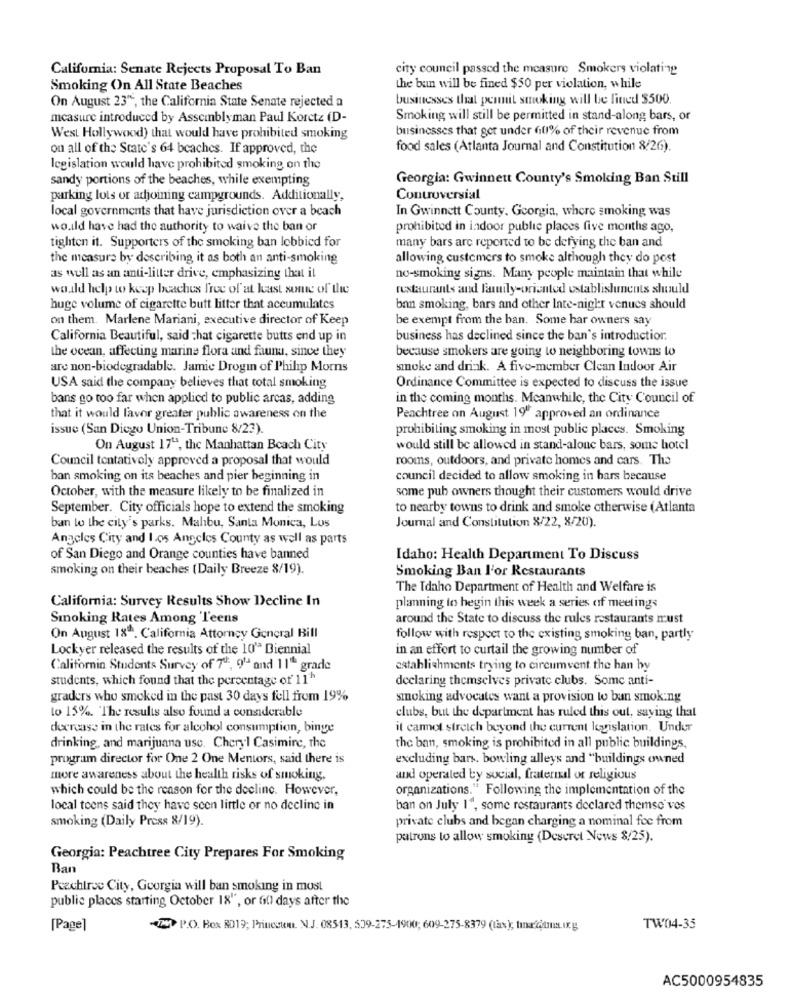
California: Senate Rejects Proposal To Ban
city council passed the measure Smokers violating
Smoking On All State Beaches
the ban will be fined $50 per violation, while
On August 23", the California State Senate rejected a
businesses that permit smoking will be fined $500.
measure introduced by Assemblyman Paul Koretz (D-
Smoking will still be permitted in stand-along bars, or
businesses that get under 610% of their revenue from
West Hollywood) that would have prohibited smoking
on all of the State's 64 beaches. If approved, the
food sales (Atlanta Journal and Constitution 8/26).
legislation would have prohibited smoking on the
sandy portions of the beaches, while exempting
Georgia: Gwinnett County's Smoking Ban Still
parking lots or adjoining campgrounds. Additionally,
Controversial
local governments that have jurisdiction over a beach
In Gwinnett County. Georgia, where smoking was
wo.ild have had the authority to waive the ban or
prohibited in indoor public places five months ago,
many bars arc reported to be defying the ban and
tighten it. Supporters of the smoking ban lobbied for
the measure by describing it as both an anti-smoking
allowing customers to smoke although they do post
as well as an anti-litter drive, emphasizing that it
no-smoking signs. Many people maintain that while
would help to keep beaches free of at least some of the
restaurants and lauily-oriented establishments should
huge volume of cigarette butt litter that accumulates
ban smoking, bars and other late-night venues should
on them. Marlene Mariani, executive director of Keep
be exempt from the ban. Some har owners say
California Beautiful, said chat cigarette butts end up in
business has declined since the ban's introductior.
the ocean, affecting marine flora and fauna, since they
because smokers are going to neighboring towns to
are non-biodegradable. Jamie Drogin of Philip Morns
smoke and drink. A five-member Clean Indoor Air
USA said the company believes that total smoking
Ordinance Committee is expected to discuss the issue
bans go too far when applied to public arcas, adding
in the coming months. Meanwhile, the City Council of
that it would favor greater public awareness on the
Peachtree on August 19 approved an ordinance
issue (San Diego Union-Tribune 8/23).
prohibiting smoking in most public places. Smoking
On August 17", the Manhattan Beach City
would still be allowed in stand-alone bars, some hotel
Council tentatively approved a proposal that would
rooms, outdoors, and private homes and cars. The
ban smoking on its beaches and pier beginning in
council decided to allow smoking in hars because
some pub owners thought their customers would drive
October, with the measure likely to be finalized in
September. City officials hope to extend the smoking
to nearby towns to drink and smoke otherwise (Atlanta
ban lo the city's parks. Malibu, Santa Monica, Los
Journal and Constitution 8/22, 8/20).
Angeles City and los Angeles County as well as parts
of San Diego and Orange counties have banned
Idaho: Health Department To Discuss
smoking on their beaches (Daily Breeze 8/19).
Smoking Ban l'or Restaurants
The Idaho Department of Health and Welfare is
California: Survey Results Show Decline In
planning to hegin this week a series of meetings
Smoking Rates Among 'Teens
around the State to discuss the rules restaurants must
On August 18. California Attorney General Bill
follow with respect to the existing smoking ban, partly
Lockyer released the results of the 10" Biennial
in an effort to curtail the growing number of
California Students Survey of 7º ., 9' and 11ª grade
establishments trying to circumvent the han by
students, which found that the percentage of 11"
declaring themselves private clubs. Some anti-
graders who smoked in the past 30 days fell from 19%
smoking advocates want a provision to ban smoking
to 15% The results also found a considerable
clubs, but the department has ruled this out, saying that
decrease in the rates for alcohol consumption, binge
it carot stretch beyond the current legislation. Under
drinking, and marijuana use. Cheryl Casimire, the
the ban, smoking is prohibited in all public buildings,
program director for One 2 One Mentors, said there is
excluding bars, bowling alleys and "buildings owned
more awareness about the health risks of smoking.
and operated by social, fraternal of religious
which could be the reason for the decline. However,
organizations." Following the implementation of the
local teens said they have seen little or no decline in
ban on July 1", some restaurants declared themso ves
smoking (Daily Press 8/19).
private clubs and began charging a nominal foc from
patrons to allow smoking (Deseret News 8/25).
Georgia: Peachtree City Prepares For Smoking
Ban
Peachtree City, Georgia will ban smoking in most
public places starting October 18", or fi0) days after the
[Page]
P.O. Box RD19; Princcum. N.J. 08513, 539-275-1900; 609-275-8379 (tax ); tınafiamma ix. g
TW04-35
AC5000954835